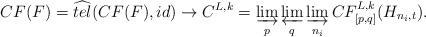
LaTeX: \begin{align*}CF(F)= \widehat{tel}(CF(F), id)\rightarrow C^{L,k}=\varinjlim_{p}\varprojlim_{q}\varinjlim_{n_{i}}CF^{L,k}_{[p,q]}(H_{n_{i},t}).\end{align*}